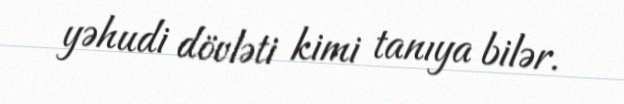
yəhudi dövləti kimi tanıya bilər.